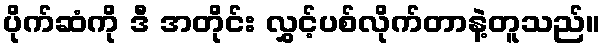
ပိုက်ဆံကို ဒီ အတိုင်း လွှင့်ပစ်လိုက်တာနဲ့တူသည်။